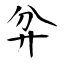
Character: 弅